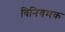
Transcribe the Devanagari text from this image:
विनियमक